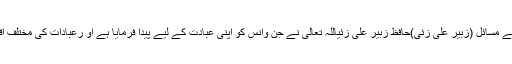
قربانی کے مسائل (زبیر علی زئی)حافظ زبیر علی زئیاللہ تعالیٰ نے جن وانس کو اپنی عبادت کے لیے پیدا فرمایا ہے او رعبادات کی مختلف اقسام ہیں ۔